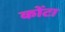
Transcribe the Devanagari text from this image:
कोंटा